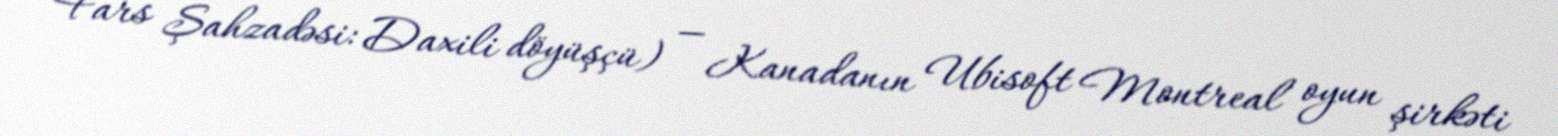
Fars Şahzadəsi: Daxili döyüşçü) — Kanadanın Ubisoft Montreal oyun şirkəti